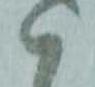
ハ